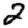
Digit: 2